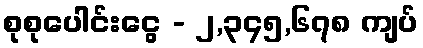
စုစုပေါင်းငွေ - ၂,၃၄၅,၆၇၈ ကျပ်